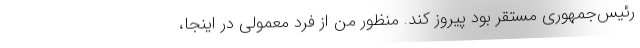
رئیس‌جمهوری مستقر بود پیروز کند. منظور من از فرد معمولی در اینجا،